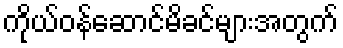
ကိုယ်ဝန်ဆောင်မိခင်များအတွက်